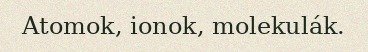
Atomok, ionok, molekulák.